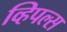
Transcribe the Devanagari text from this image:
व्हिपल्स